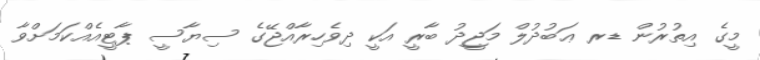
މީގެ އިތުރުން ޑރ ޢަބުދުލް މަޖީދު ބާރީ އަކީ ދިވެހިރާއްޖޭގެ ސިޔާސީ ޕާޓީއެއްކަމަށްވާ